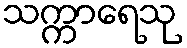
သက္ကာရေသု